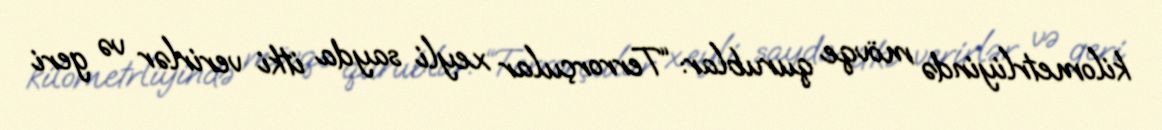
kilometrliyində mövqe qurublar: “Terrorçular xeyli sayda itki verirlər və geri